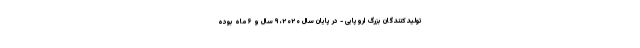
تولیدکنندگان بزرگ اروپایی - در پایان سال ۲۰۲۰، ۹ سال و ۶ ماه بوده